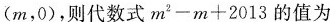
(m，0)，则代数式m^{2}-m+2013的值为